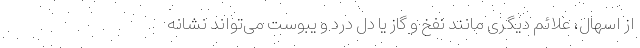
از اسهال، علائم دیگری مانند نفخ و گاز یا دل درد و یبوست می‌تواند نشانه